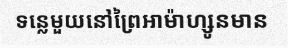
ទន្លេមួយនៅព្រៃអាម៉ាហ្សូនមាន